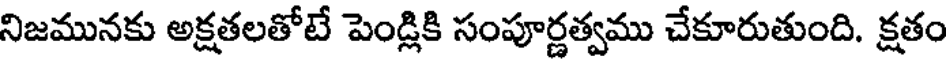
నిజమునకు అక్షతలతోటే పెండ్లికి సంపూర్ణత్వము చేకూరుతుంది. క్షతం